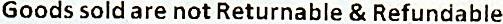
GOODS SOLD ARE NOT RETURNABLE & REFUNDABLE